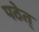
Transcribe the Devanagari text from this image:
पठेत्‌